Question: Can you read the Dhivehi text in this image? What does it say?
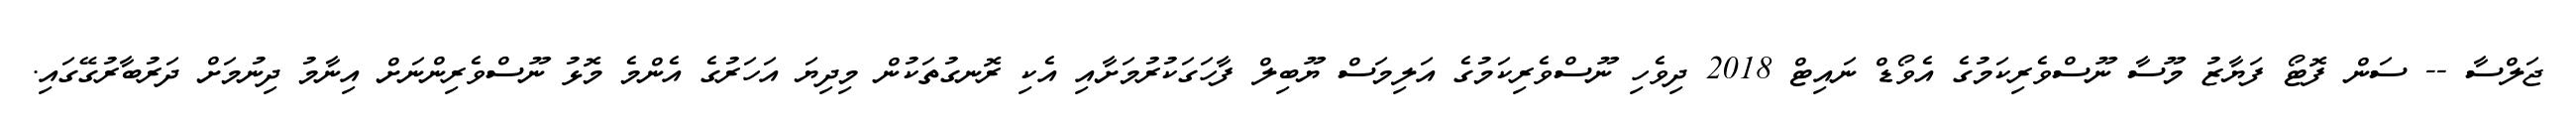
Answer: ޖަލްސާ -- ސަން ފޮޓޯ ފަޔާޒު މޫސާ ނޫސްވެރިކަމުގެ އެވޯޑް ނައިޓް 2018 ދިވެހި ނޫސްވެރިކަމުގެ އަލިމަސް ޔޫބިލް ފާހަގަކުރުމަށާއި އެކި ރޮނގުތަކުން މިދިޔަ އަހަރުގެ އެންމެ މޮޅު ނޫސްވެރިންނަށް އިނާމު ދިނުމަށް ދަރުބާރުގޭގައި.